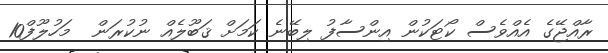
ރާއްޖޭގެ އެއްވެސް ކޯޓަކުން އިންސާފު ލިބޭނެ ކަމަށް ޤަބޫލެއް ނުކުރަން  މަހުލޫފް10